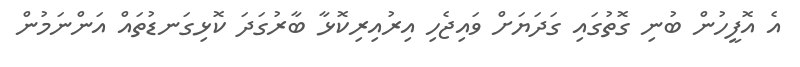
އެ އޮފީހުން ބުނި ގޮތުގައި ގަދަޔަށް ވައިޖެހި އިރުއިރިކޮޅާ ބާރުގަދަ ކޮޅިގަނޑުތައް އަންނަމުން